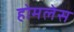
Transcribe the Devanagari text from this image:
होमलेस